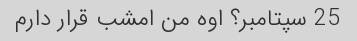
25 سپتامبر؟ اوه من امشب قرار دارم